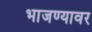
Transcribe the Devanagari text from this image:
भाजण्यावर